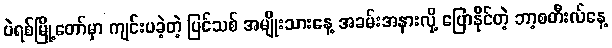
ပဲရစ်မြို့တော်မှာ ကျင်းပခဲ့တဲ့ ပြင်သစ် အမျိုးသားနေ့ အခမ်းအနားလို့ ပြောနိုင်တဲ့ ဘာ့စတီးလ်နေ့